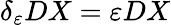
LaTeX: \delta_{\varepsilon}DX=\varepsilon DX